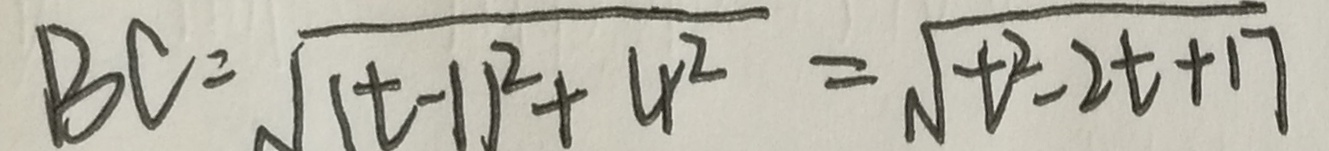
B C = \sqrt { ( t - 1 ) ^ { 2 } + 4 ^ { 2 } } = \sqrt { t ^ { 2 } - 2 t + 1 7 }